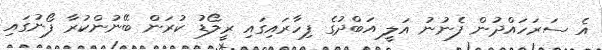
އެ ސަރަހައްދުން ފެނުނު އަލީ އަބްދުގެ ފިހާރައިގައި ރީލޯޑު ކުރަން ބޭނުންކުރާ ފޯނުގައި